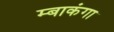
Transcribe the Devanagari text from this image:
म्बाकंगा